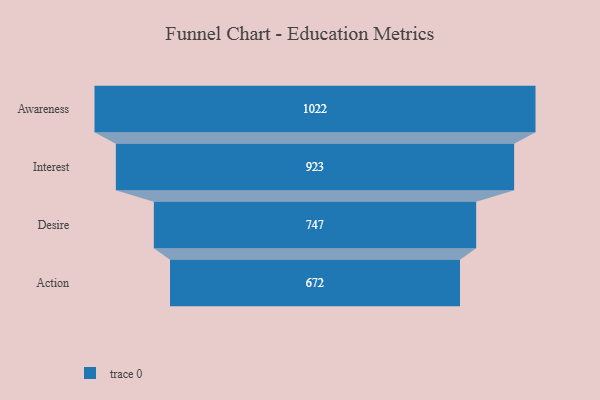
{"axis": {"x": "Stage", "y": "Value"}, "legend": [""], "data": [{"x": "Awareness", "y": 1022.0, "type": ""}, {"x": "Interest", "y": 923.0, "type": ""}, {"x": "Desire", "y": 747.0, "type": ""}, {"x": "Action", "y": 672.0, "type": ""}]}